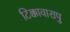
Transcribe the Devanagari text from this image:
टिक्कावारापु